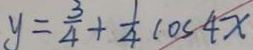
y = \frac { 3 } { 4 } + \frac { 1 } { 4 } \cos 4 x